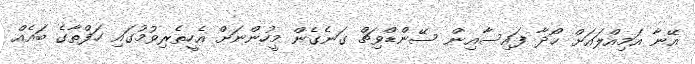
އޭނާ އަމިއްލައަށް ހޯދާ ފައިސާއިން ސޭންޑްވިޗް ގަނެގެން މީހުންނަށް އެހީތެރިވުމުގައި ހަފްތާގެ ބައެއް